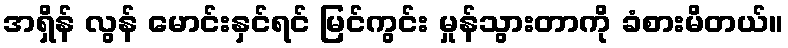
အရှိန် လွန် မောင်းနှင်ရင် မြင်ကွင်း မှုန်သွားတာကို ခံစားမိတယ်။